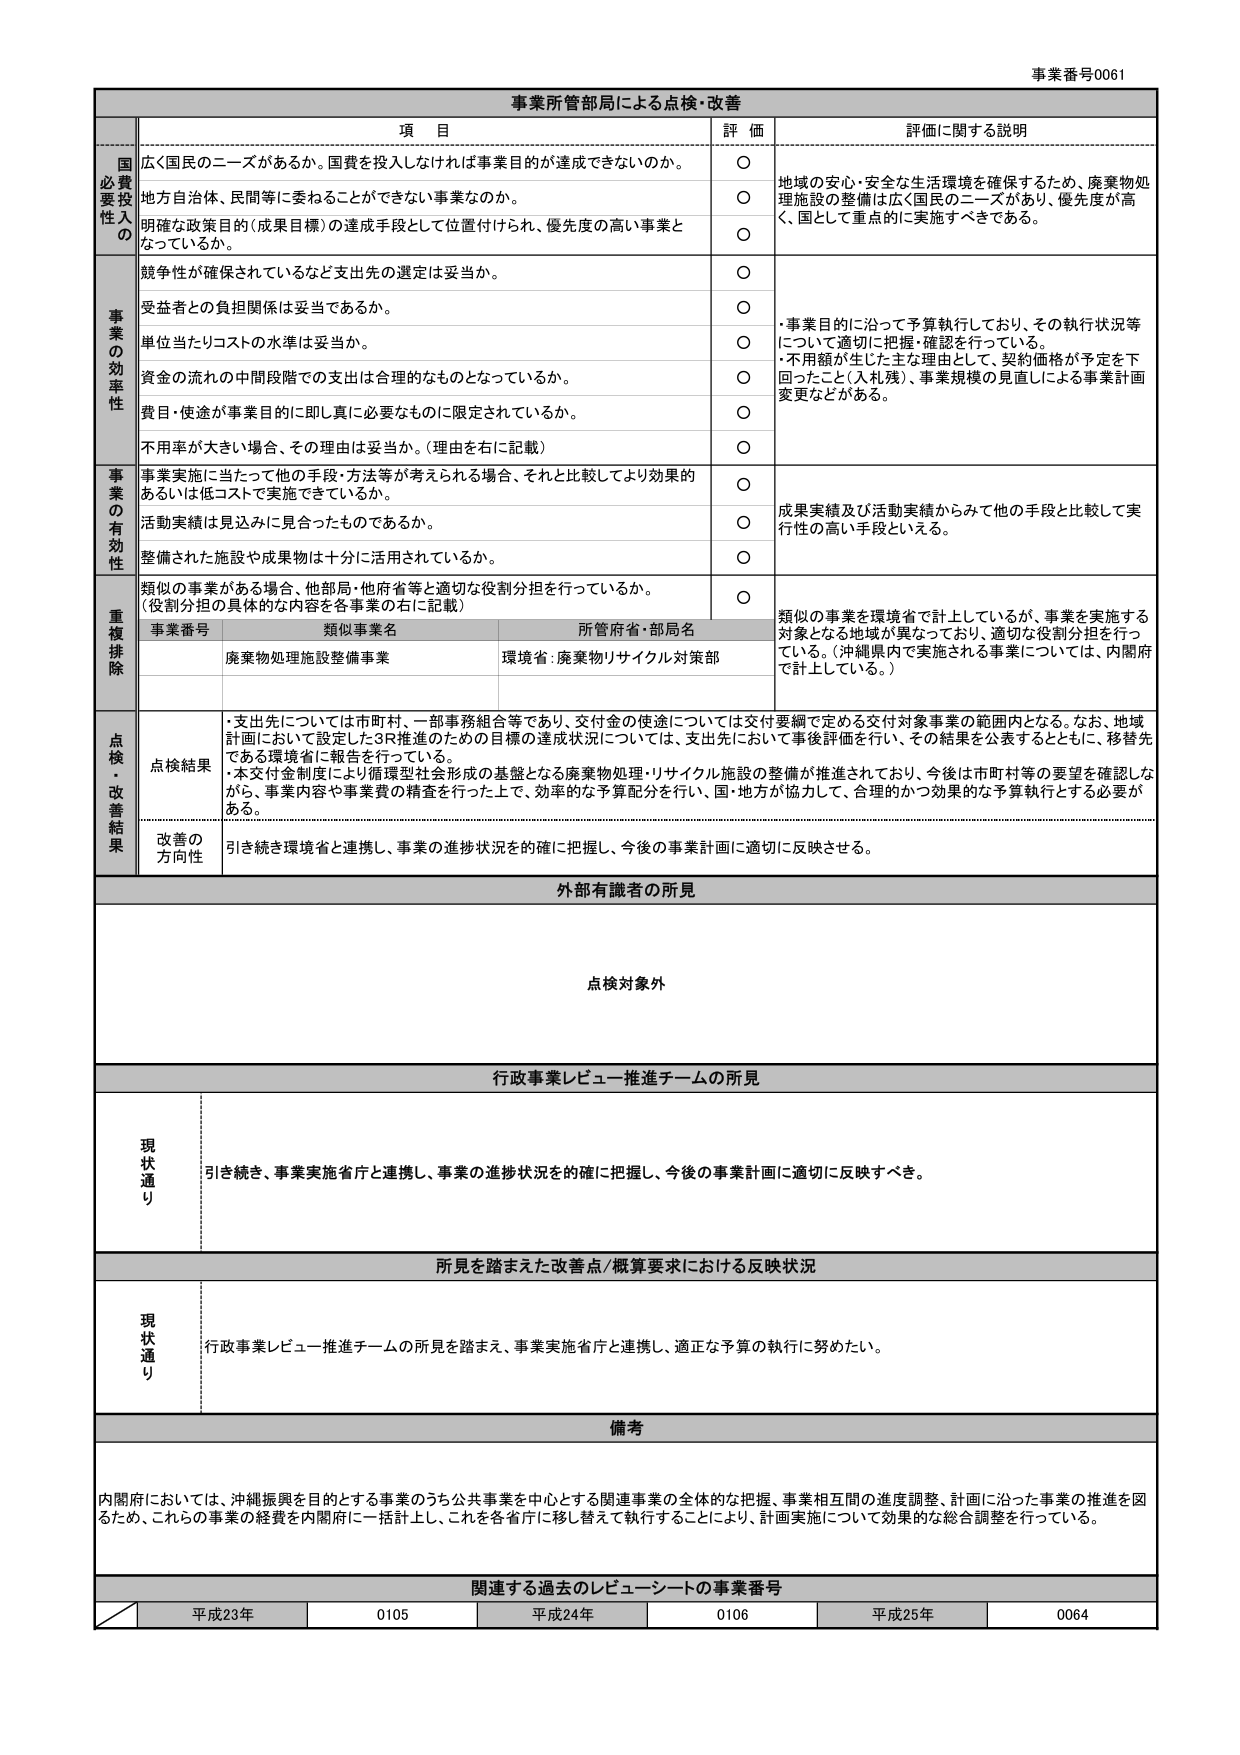
事業番号0061
事業所管部局による点検・改善

項 目
評 価
評価に関する説明

国
必
要
性
投
入
の
広く国民のニーズがあるか。国費を投入しなければ事業目的が達成できないのか。
○
地域の安心・安全な生活環境を確保するため、廃棄物処理施設の整備は広く国民のニーズがあり、優先度が高く、国として重点的に実施すべきである。
地方自治体、民間等に委ねることができない事業なのか。
○
明確な政策目的（成果目標）の達成手段として位置付けられ、優先度の高い事業となっているか。
○

事
業
の
効
率
性
競争性が確保されているなど支出先の選定は妥当か。
○
・事業目的に沿って予算執行しており、その執行状況等について適切に把握・確認を行っている。
・不用額が生じた主な理由として、契約価格が予定を下回ったこと（入札残）、事業規模の見直しによる事業計画変更などがある。
受益者との負担関係は妥当であるか。
○
単位当たりコストの水準は妥当か。
○
資金の流れの中間段階での支出は合理的なものとなっているか。
○
費目・用途が事業目的に即し真に必要なものに限定されているか。
○
不用率が大きい場合、その理由は妥当か。（理由を右に記載）
○

事
業
の
有
効
性
事業実施に当たって他の手段・方法等が考えられる場合、それと比較してより効果的あるいは低コストで実施できているか。
○
成果実績及び活動実績からみて他の手段と比較して実行性の高い手段といえる。
活動実績は見込みに見合ったものであるか。
○
整備された施設や成果物は十分に活用されているか。
○

重
複
排
除
類似の事業がある場合、他部局・他府省等と適切な役割分担を行っているか。（役割分担の具体的な内容を各事業の右に記載）
○
類似の事業を環境省で計上しているが、事業を実施する対象となる地域が異なっており、適切な役割分担を行っている。（沖縄県内で実施される事業については、内閣府で計上している。）
事業番号
類似事業名
所管府省・部局名
廃棄物処理施設整備事業
環境省：廃棄物リサイクル対策部

点
検
・
改
善
結
果
点検結果
・支出先については市町村、一部事務組合等であり、交付金の使途については交付要綱で定める交付対象事業の範囲内となる。なお、地域計画において設定した3R推進のための目標の達成状況については、支出先において事後評価を行い、その結果を公表するとともに、移管先である環境省に報告を行っている。
・本交付金制度により循環型社会形成の基盤となる廃棄物処理・リサイクル施設の整備が推進されており、今後は市町村等の要望を確認しながら、事業内容や事業費の精査を行った上で、効率的な予算配分を行い、国・地方が協力して、合理的かつ効果的な予算執行とする必要がある。
改善の方向性
引き続き環境省と連携し、事業の進捗状況を的確に把握し、今後の事業計画に適切に反映させる。

外部有識者の所見
点検対象外

行政事業レビュー推進チームの所見
現状通り
引き続き、事業実施省庁と連携し、事業の進捗状況を的確に把握し、今後の事業計画に適切に反映すべき。

所見を踏まえた改善点/概算要求における反映状況
現状通り
行政事業レビュー推進チームの所見を踏まえ、事業実施省庁と連携し、適正な予算の執行に努めたい。

備考
内閣府においては、沖縄振興を目的とする事業のうち公共事業を中心とする関連事業の全体的な把握、事業相互間の進度調整、計画に沿った事業の推進を図るため、これらの事業の経費を内閣府に一括計上し、これを各省庁に移し替えて執行することにより、計画実施について効果的な総合調整を行っている。

関連する過去のレビューシートの事業番号
平成23年　0105　平成24年　0106　平成25年　0064